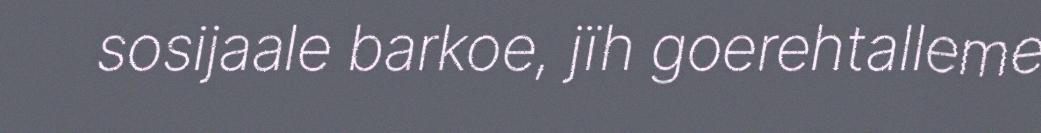
sosijaale barkoe, jïh goerehtalleme